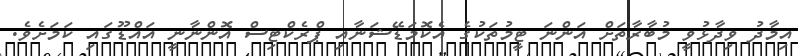
އިމާދު ވިދާޅުވީ މުބާރާތަށް އަންނަ ޓީމުތަކުގެ އެކޮމަޑޭޝަނާއި ޕްރެކްޓިސް އޮންނާނީ އައްޑޫގައި ކަމަށެވެ.